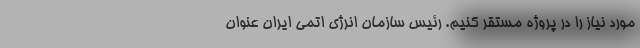
مورد نیاز را در پروژه مستقر کنیم. رئیس سازمان انرژی اتمی ایران عنوان